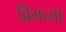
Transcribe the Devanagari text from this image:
विंगच्या